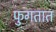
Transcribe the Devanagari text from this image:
फुगतात